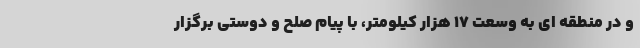
و در منطقه ای به وسعت ۱۷ هزار کیلومتر، با پیام صلح و دوستی برگزار